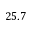
2 5 . 7